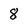
Character: 8